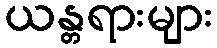
ယန္တရားများ